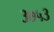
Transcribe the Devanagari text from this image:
३७५३